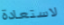
لاستعادة